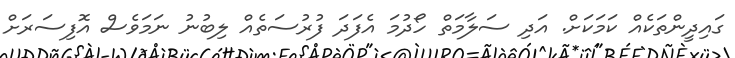
ގައިދީންތަކެއް ކަމަކަށް. އަދި ސަލާމަތް ހޯދުމަ އެފަދަ ފުރުސަތެއް ލިބުނު ނަމަވެސް އޮފިސަރަށް